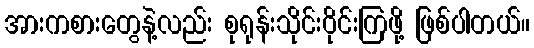
အားကစားတွေနဲ့လည်း စုရုန်းသိုင်းဝိုင်းကြဖို့ ဖြစ်ပါတယ်။